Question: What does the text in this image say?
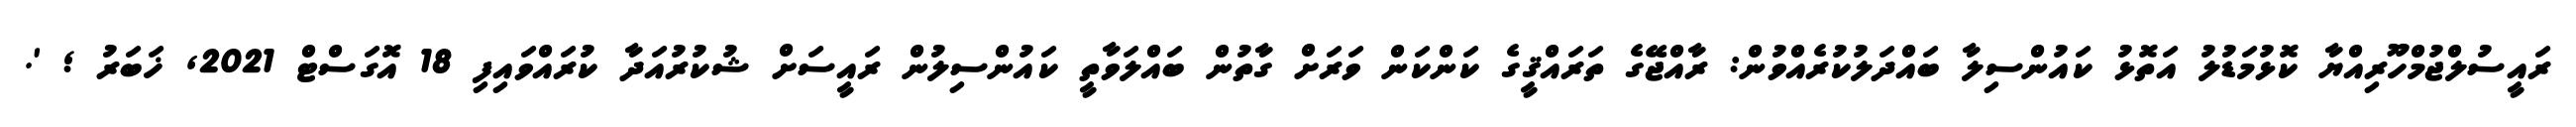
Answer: ރައީސުލްޖުމްހޫރިއްޔާ ކޮޅުމަޑުލު އަތޮޅު ކައުންސިލާ ބައްދަލުކުރެއްވުން: ރާއްޖޭގެ ތަރައްޤީގެ ކަންކަން ވަރަށް ގާތުން ބައްލަވާތީ ކައުންސިލުން ރައީސަށް ޝުކުރުއަދާ ކުރައްވައިފި 18 އޮގަސްޓް 2021, ޚަބަރު ; '.